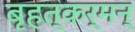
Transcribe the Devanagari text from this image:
बृहत्कर्मन्